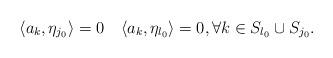
LaTeX: \begin{align*}\langle a_k,\eta_{j_0}\rangle=0\,\,\, \,\, \, \langle a_k,\eta_{l_0}\rangle=0, \forall k\in S_{l_0}\cup S_{j_0}.\end{align*}